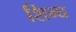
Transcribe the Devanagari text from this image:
शिन्घ